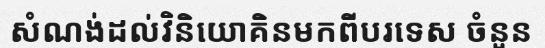
សំណង់ដល់វិនិយោគិនមកពីបរទេស ចំនួន